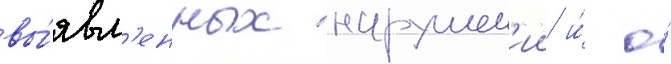
вы́явл'енных нарушен'ии и́ о́